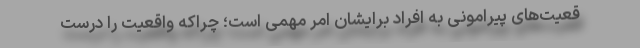
قعیت‌های پیرامونی به افراد برایشان امر مهمی است؛ چراکه واقعیت را درست